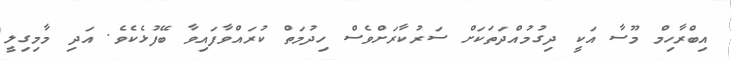
އިބްރާހިމް މޫސާ އަކީ ދިގުމުއްދަތަަކަށް ސަރުކާރަށްވެސް ހިދުމަތް ކުރައްވާފައިވާ ބޭފުޅެކެވެ. އަދި މާމިގިލީ